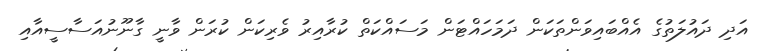
އަދި ދައުލަތުގެ އެއްބައިވަންތަކަން ދަމަަހައްޓަން މަަސައްކަތް ކުރާއިރު ވެރިކަން ކުރަން ވާނީ ގާނޫނުއަސާސީއާއި